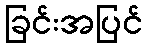
ခြင်းအပြင်